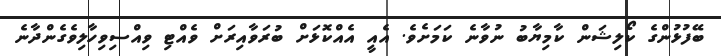
ބޭފުޅުންގެ ކޯލިޝަން ކާމިޔާބު ނުވާނެ ކަމަށެވެ. އެއީ އެއްކޮޅަށް ބުރަވާއިރަށް ވެއްޓި ވިއްސިވިހާލިވެގެންދާނެ